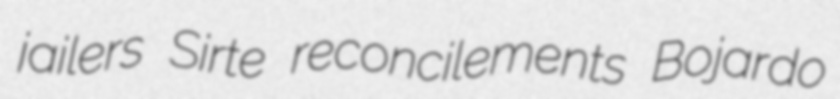
jailers Sirte reconcilements Bojardo